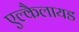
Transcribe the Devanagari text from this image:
एल्कैलायड